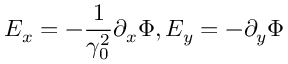
E _ { x } = - \frac { 1 } { \gamma _ { 0 } ^ { 2 } } \partial _ { x } \Phi , E _ { y } = - \partial _ { y } \Phi